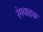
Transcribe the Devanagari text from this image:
रंगवाहक